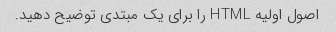
اصول اولیه HTML را برای یک مبتدی توضیح دهید.